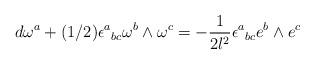
LaTeX: \begin{align*}d\omega^a + (1/2)\epsilon^a{}_{bc} \omega^b \wedge\omega^c=-\frac{1}{2l^2}\epsilon^a{}_{bc} e^b\wedge e^c\end{align*}